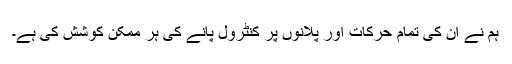
ہم نے ان کى تمام حرکات اور پلانوں پر کنٹرول پانے کى ہر ممکن کوشش کى ہے۔